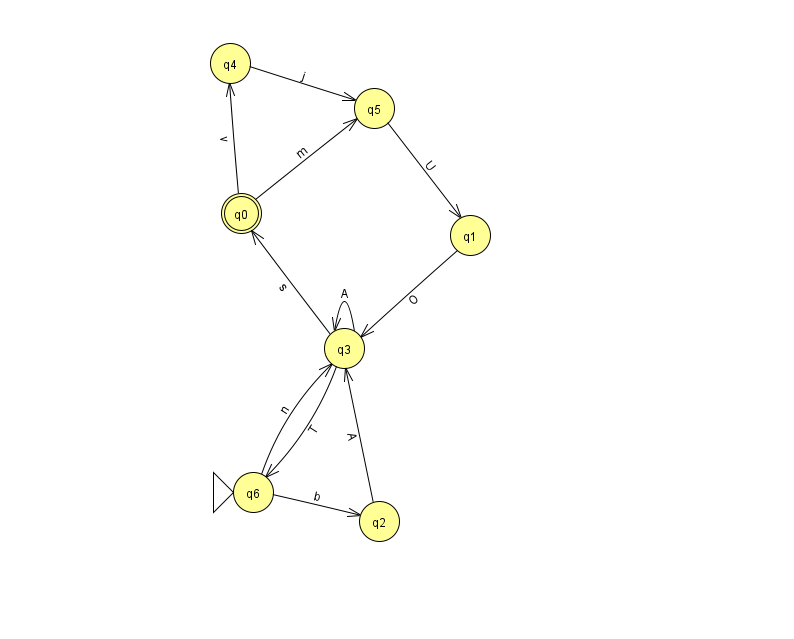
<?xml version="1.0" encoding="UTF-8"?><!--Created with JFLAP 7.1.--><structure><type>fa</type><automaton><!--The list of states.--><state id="0" name="q0"><x>241.0</x><y>200.0</y><final/></state><state id="1" name="q1"><x>470.0</x><y>222.0</y></state><state id="2" name="q2"><x>379.0</x><y>508.0</y></state><state id="3" name="q3"><x>344.0</x><y>335.0</y></state><state id="4" name="q4"><x>230.0</x><y>50.0</y></state><state id="5" name="q5"><x>374.0</x><y>95.0</y></state><state id="6" name="q6"><x>253.0</x><y>479.0</y><initial/></state><!--The list of transitions.--><transition><from>0</from><to>4</to><read>v</read></transition><transition><from>4</from><to>5</to><read>j</read></transition><transition><from>0</from><to>5</to><read>m</read></transition><transition><from>3</from><to>3</to><read>A</read></transition><transition><from>6</from><to>2</to><read>b</read></transition><transition><from>3</from><to>0</to><read>s</read></transition><transition><from>5</from><to>1</to><read>U</read></transition><transition><from>6</from><to>3</to><read>n</read></transition><transition><from>1</from><to>3</to><read>O</read></transition><transition><from>2</from><to>3</to><read>A</read></transition><transition><from>3</from><to>6</to><read>T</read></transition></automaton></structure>